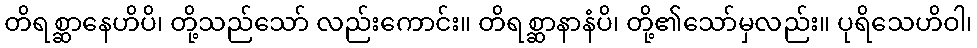
တိရစ္ဆာနေဟိပိ၊ တို့သည်သော် လည်းကောင်း။ တိရစ္ဆာနာနံပိ၊ တို့၏သော်မှလည်း။ ပုရိသေဟိဝါ၊